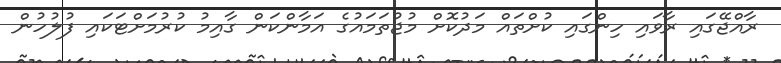
ރާއްޖޭގައި ރާވައި ހިންގައި ކުށްތައް މަދުކޮށް މުޖުތަމައުގެ އަމާންކަން ގާއިމު ކުރުމަށްޓަކައި ފުލުހުން